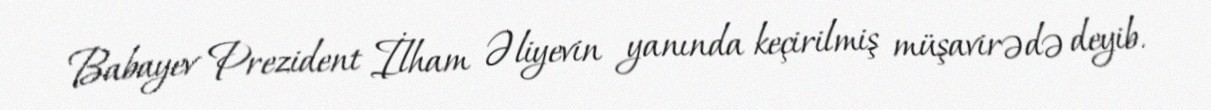
Babayev Prezident İlham Əliyevin yanında keçirilmiş müşavirədə deyib.